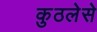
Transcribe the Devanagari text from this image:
कुठलेसे